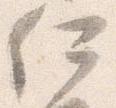
何